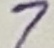
Text: 7